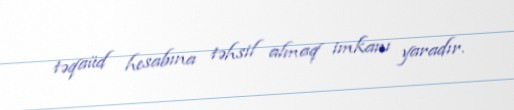
təqaüd hesabına təhsil almaq imkanı yaradır.